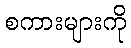
စကားများကို